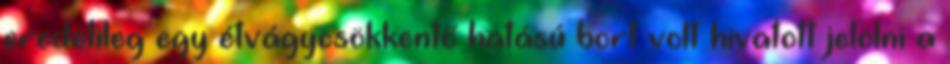
eredetileg egy étvágycsökkentő hatású bort volt hivatott jelölni a